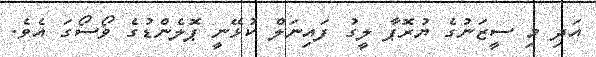
އަދި މި ސީޒަނުގެ ޔުރޮޕާ ލީގު ފައިނަލް ކުޅޭނީ ޕޮލެންޑުގެ ވޯސޯގަ އެވެ.